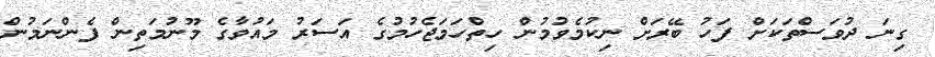
ގިނަ ދުވަސްތަކަށް ފަހު ބޭރަށް ނިކުމެވުމުން ހިތްހަމަޖެހުމުގެ އަސަރު މައުވާގެ މޫނުމަތިން ފެންނަމުން